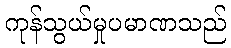
ကုန်သွယ်မှုပမာဏသည်